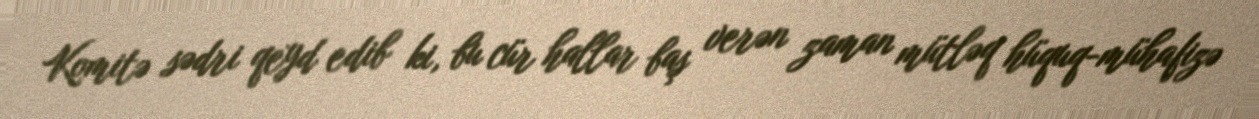
Komitə sədri qeyd edib ki, bu cür hallar baş verən zaman mütləq hüquq-mühafizə